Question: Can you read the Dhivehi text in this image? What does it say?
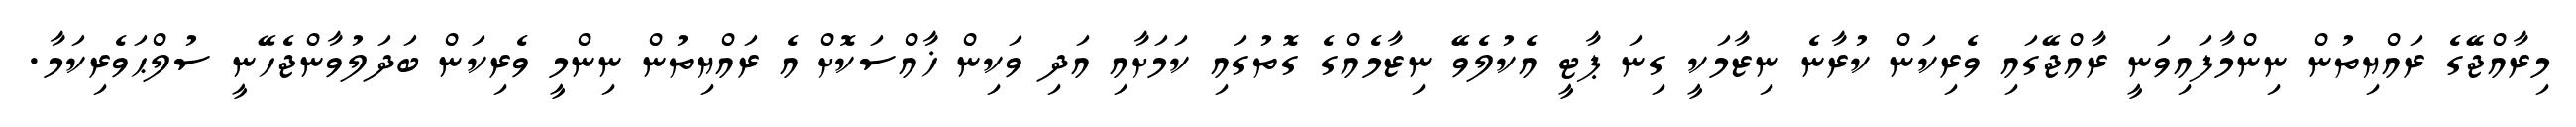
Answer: މިރާއްޖޭގެ ރައްޔިތުން ނިންމާފައިވަނީ ރާއްޖޭގައި ވެރިކަން ކުރާނެ ނިޒާމަކީ ގިނަ ޕާޓީ އެކުލެވޭ ނިޒާމެއްގެ ގޮތުގައި ކަމަށާއި އަދި ވަކިން ޚާއްސަކޮށް އެ ރައްޔިތުން ނިންމީ ވެރިކަން ބަދަލުވާންޖެހޭނީ ސުލްޙަވެރިކަމާ.